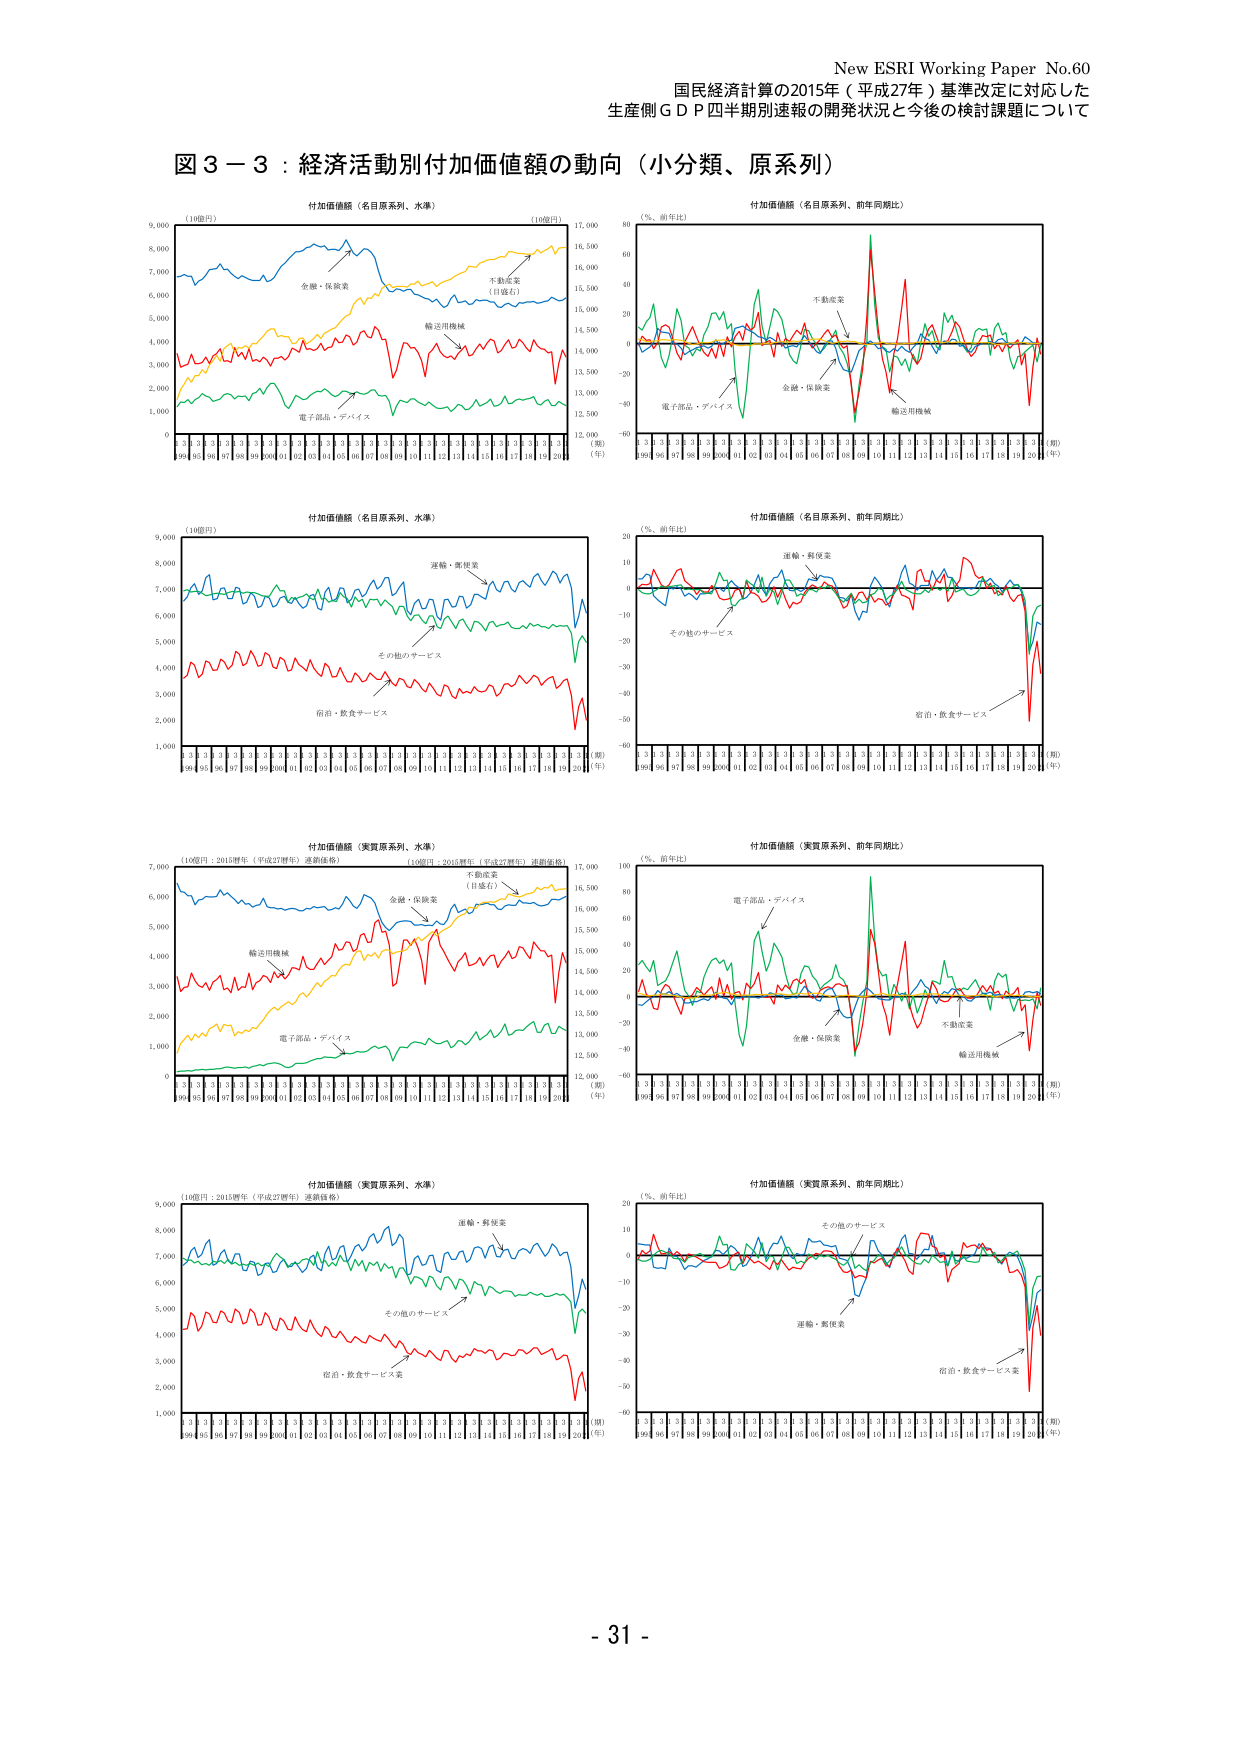
New ESRI Working Paper No.60
国民経済計算の2015年（平成27年）基準改定に対応した
生産側ＧＤＰ四半期別速報の開発状況と今後の検討課題について

図３－３：経済活動別付加価値額の動向（小分類、原系列）

付加価値額（名目原系列、水準）
（10億円）
金融・保険業
不動産業（目盛右）
輸送用機械
電子部品・デバイス

（年）
94 95 96 97 98 99 00 01 02 03 04 05 06 07 08 09 10 11 12 13 14 15 16 17 18 19 20

付加価値額（名目原系列、前年同期比）
（％、前年比）
不動産業
金融・保険業
輸送用機械
電子部品・デバイス

（期）
94 95 96 97 98 99 00 01 02 03 04 05 06 07 08 09 10 11 12 13 14 15 16 17 18 19 20
（年）

付加価値額（名目原系列、水準）
（10億円）
運輸・郵便業
その他のサービス
宿泊・飲食サービス

（期）
94 95 96 97 98 99 00 01 02 03 04 05 06 07 08 09 10 11 12 13 14 15 16 17 18 19 20
（年）

付加価値額（名目原系列、前年同期比）
（％、前年比）
運輸・郵便業
その他のサービス
宿泊・飲食サービス

（期）
94 95 96 97 98 99 00 01 02 03 04 05 06 07 08 09 10 11 12 13 14 15 16 17 18 19 20
（年）

付加価値額（実質原系列、水準）
（10億円：2015暦年（平成27暦年）連鎖価格）
（10億円：2015暦年（平成27暦年）連鎖価格）
金融・保険業
不動産業（目盛右）
輸送用機械
電子部品・デバイス

（期）
94 95 96 97 98 99 00 01 02 03 04 05 06 07 08 09 10 11 12 13 14 15 16 17 18 19 20
（年）

付加価値額（実質原系列、前年同期比）
（％、前年比）
電子部品・デバイス
金融・保険業
不動産業
輸送用機械

（期）
94 95 96 97 98 99 00 01 02 03 04 05 06 07 08 09 10 11 12 13 14 15 16 17 18 19 20
（年）

付加価値額（実質原系列、水準）
（10億円：2015暦年（平成27暦年）連鎖価格）
運輸・郵便業
その他のサービス
宿泊・飲食サービス業

（期）
94 95 96 97 98 99 00 01 02 03 04 05 06 07 08 09 10 11 12 13 14 15 16 17 18 19 20
（年）

付加価値額（実質原系列、前年同期比）
（％、前年比）
その他のサービス
運輸・郵便業
宿泊・飲食サービス業

（期）
94 95 96 97 98 99 00 01 02 03 04 05 06 07 08 09 10 11 12 13 14 15 16 17 18 19 20
（年）

- 31 -